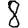
Digit: 8